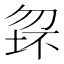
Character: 𱐺